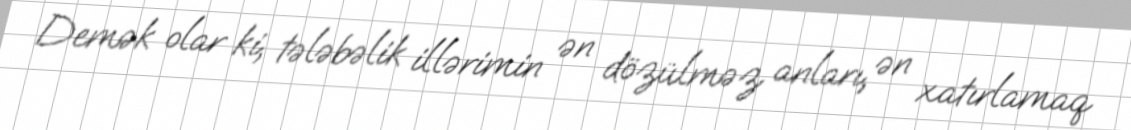
Demək olar ki, tələbəlik illərimin ən dözülməz anları, ən xatırlamaq